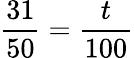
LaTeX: \frac{31}{50}=\frac{t}{100}